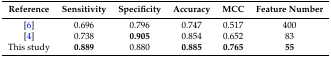
<table><thead><tr><td><b>Reference</b></td><td><b>Sensitivity</b></td><td><b>Specificity</b></td><td><b>Accuracy</b></td><td><b>MCC</b></td><td><b>Feature Number</b></td></tr></thead><tbody><tr><td>[6]</td><td>0.696</td><td>0.796</td><td>0.747</td><td>0.517</td><td>400</td></tr><tr><td>[4]</td><td>0.738</td><td><b>0.905</b></td><td>0.854</td><td>0.652</td><td>83</td></tr><tr><td>This study</td><td><b>0.889</b></td><td>0.880</td><td><b>0.885</b></td><td><b>0.765</b></td><td><b>55</b></td></tr></tbody></table>